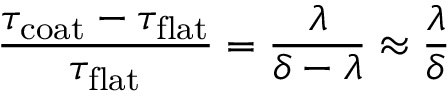
\frac { \tau _ { \mathrm { c o a t } } - \tau _ { \mathrm { f l a t } } } { \tau _ { \mathrm { f l a t } } } = \frac { \lambda } { \delta - \lambda } \approx \frac { \lambda } { \delta }